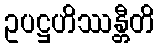
ဥပဋ္ဌဟိဿန္တီတိ